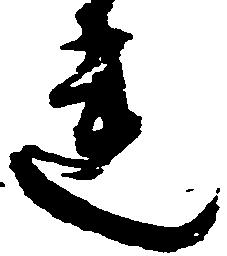
連